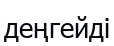
деңгейді